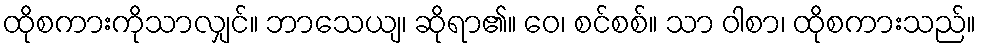
ထိုစကားကိုသာလျှင်။ ဘာသေယျ၊ ဆိုရာ၏။ ဝေ၊ စင်စစ်။ သာ ဝါစာ၊ ထိုစကားသည်။